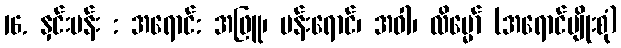
16. နှင်းပန်း : အရောင်: အဖြူ၊ ပန်းရောင်၊ အဝါ၊ လိမ္မော် (အရောင်မျိုးစုံ)